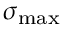
\sigma _ { \mathrm { m a x } }